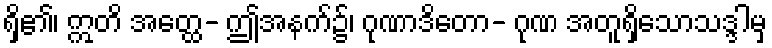
ရှိ၏၊ ဣတိ အတ္ထေ- ဤအနက်၌၊ ဂုဏာဒိတော- ဂုဏ အတူရှိသောသဒ္ဒါမှ